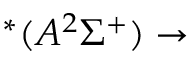
^ * ( A ^ { 2 } \Sigma ^ { + } ) \rightarrow